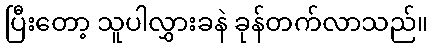
ပြီးတော့ သူပါလွှားခနဲ ခုန်တက်လာသည်။